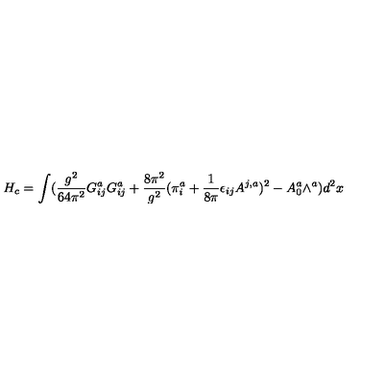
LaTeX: H _ { c } = \int ( \frac { g ^ { 2 } } { 6 4 \pi ^ { 2 } } G _ { i j } ^ { a } G _ { i j } ^ { a } + \frac { 8 \pi ^ { 2 } } { g ^ { 2 } } ( \pi _ { i } ^ { a } + \frac { 1 } { 8 \pi } \epsilon _ { i j } A ^ { j , a } ) ^ { 2 } - A _ { 0 } ^ { a } \wedge ^ { a } ) d ^ { 2 } x